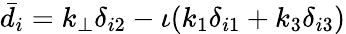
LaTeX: \bar{d}_{i}=k_{\perp}\delta_{i2}-\iota(k_{1}\delta_{i1}+k_{3}\delta_{i3})